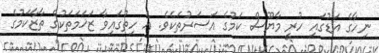
ނިހާގެ އަޑުގައި ހުރީ މާޔޫސް ކަމުގެ އަސަރުތަކެވެ. އެ ހިތުގައިވާ ޒަޚަމަތަކުގެ ތާޒާކަމުގެ